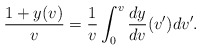
\begin{align*} \frac{1+y(v)}{v}=\frac{1}{v}\int_0^v\frac{dy}{dv}(v')dv'.\end{align*}